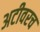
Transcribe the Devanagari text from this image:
अटीवरच